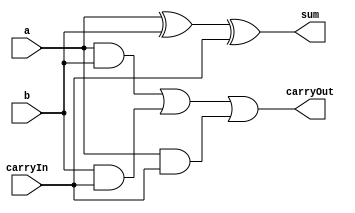
module FullAdder(
  input wire a, b, carryIn,
  output wire sum, carryOut
);

wire a1, a2, a3;
and A1(a1, a, b);
and A2(a2, b, carryIn);
and A3(a3, a, carryIn);
xor A4(sum, a, b, carryIn);
or A5(carryOut, a1, a2, a3);
endmodule

module tb_FullAdder;
reg a, b, carryIn;
wire sum, carryOut;

FullAdder dut(.a(a), .b(b), .carryIn(carryIn), .sum(sum), .carryOut(carryOut));
initial begin
a = 1'b0;
b = 1'b0;
carryIn = 1'b0;
#3
$display("The sum of two inputs %b and %b and carryIn %b is %b and carryOut is %b", a, b, carryIn, sum, carryOut);

a = 1'b1;
b = 1'b0;
carryIn = 1'b0;
#3
$display("The sum of two inputs %b and %b and carryIn %b is %b and carryOut is %b", a, b, carryIn, sum, carryOut);

a = 1'b0;
b = 1'b1;
carryIn = 1'b0;
#3
$display("The sum of two inputs %b and %b and carryIn %b is %b and carryOut is %b", a, b, carryIn, sum, carryOut);

a = 1'b1;
b = 1'b1;
carryIn = 1'b0;
#3
$display("The sum of two inputs %b and %b and carryIn %b is %b and carryOut is %b", a, b, carryIn, sum, carryOut);

a = 1'b0;
b = 1'b0;
carryIn = 1'b1;
#3
$display("The sum of two inputs %b and %b and carryIn %b is %b and carryOut is %b", a, b, carryIn, sum, carryOut);

a = 1'b1;
b = 1'b0;
carryIn = 1'b1;
#3
$display("The sum of two inputs %b and %b and carryIn %b is %b and carryOut is %b", a, b, carryIn, sum, carryOut);

a = 1'b0;
b = 1'b1;
carryIn = 1'b1;
#3
$display("The sum of two inputs %b and %b and carryIn %b is %b and carryOut is %b", a, b, carryIn, sum, carryOut);

a = 1'b1;
b = 1'b1;
carryIn = 1'b1;
#3
$display("The sum of two inputs %b and %b and carryIn %b is %b and carryOut is %b", a, b, carryIn, sum, carryOut);
#3

$finish;
end
endmodule